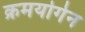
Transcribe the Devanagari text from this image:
क्रमयोगेन